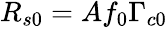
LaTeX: \begin{array}{r}{R_{s0}=Af_{0}\Gamma_{c0}}\end{array}